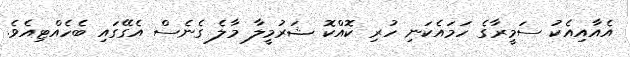
އެއާއިއެކު ސަމީރާގެ ހަމައެކަނި ހުރި ކޮއްކޮ ޝަރުމީލާ މާލެ ގެނެސް އެގޭގައި ބެހެއްޓިއެވެ.